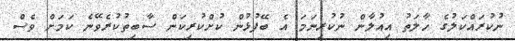
ނުކުރައްކަލުގެ ހާލަތު އިއުލާން ނުކުރިނަމަ އެ ބޭފުޅުން ކުށްކުރިކަން ސާބިތުކުރެވޭނެ ކަމަށް ވެސް